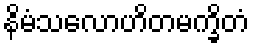
နိမံသလောဟိတမက္ခိတံ